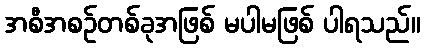
အစီအစဉ်တစ်ခုအဖြစ် မပါမဖြစ် ပါရသည်။